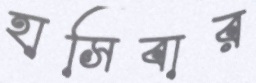
হাসিবার